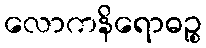
လောကနိရောဓဉ္စ